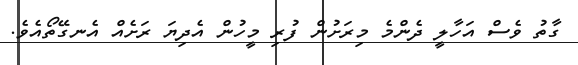
ގާތު ވެސް އަހާލީ ދެންމެ މިރަށުން ފުރި މީހުން އެދިޔަ ރަށެއް އެނގޭތޯއެވެ.